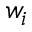
w _ { i }